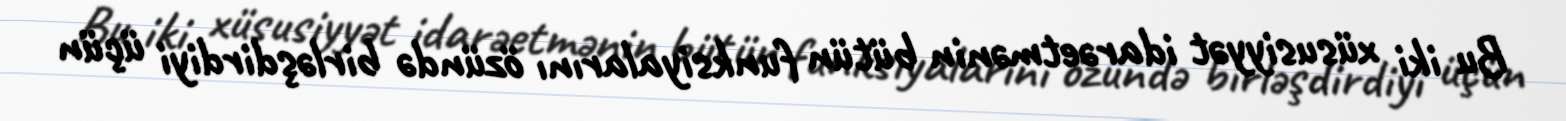
Bu iki xüsusiyyət idarəetmənin bütün funksiyalarını özündə birləşdirdiyi üçün